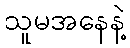
သူမအနေနဲ့